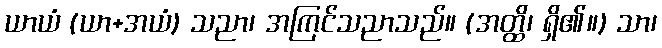
ယာယံ (ယာ+အယံ) သညာ၊ အကြင်သညာသည်။ (အတ္ထိ၊ ရှိ၏။) သာ၊